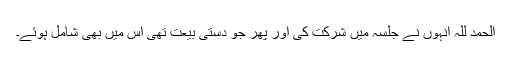
الحمد للہ انہوں نے جلسہ میں شرکت کی اور پھر جو دستی بیعت تھی اُس میں بھی شامل ہوئے۔